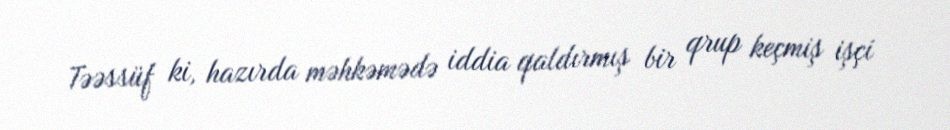
Təəssüf ki, hazırda məhkəmədə iddia qaldırmış bir qrup keçmiş işçi